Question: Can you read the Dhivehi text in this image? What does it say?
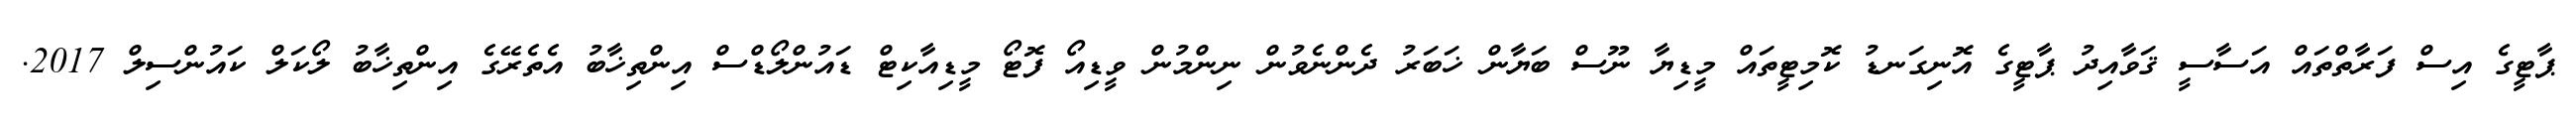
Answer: ޕާޓީގެ އިސް ފަރާތްތައް އަސާސީ ޤަވާއިދު ޕާޓީގެ އޮނިގަނޑު ކޮމިޓީތައް މީޑިޔާ ނޫސް ބަޔާން ޚަބަރު ދެންނެވުން ނިންމުން ވީޑިއޯ ފޮޓޯ މީޑިއާކިޓް ޑައުންލޯޑްސް އިންތިޚާބު އެތެރޭގެ އިންތިޚާބު ލޯކަލް ކައުންސިލް 2017.